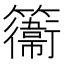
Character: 𥶽